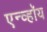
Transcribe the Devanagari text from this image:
एन्व्हॉय